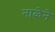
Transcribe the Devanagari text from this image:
नाळेने